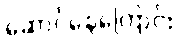
ဆောင်နေကြောင်း